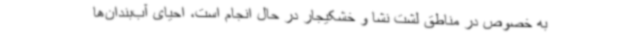
به خصوص در مناطق لشت نشا و خشکیجار در حال انجام است، احیای آب‌بندان‌ها